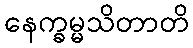
နေက္ခမ္မသိတာတိ